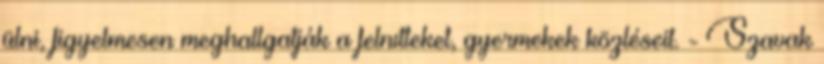
ülni, figyelmesen meghallgatják a felnıtteket, gyermekek közléseit. - Szavak